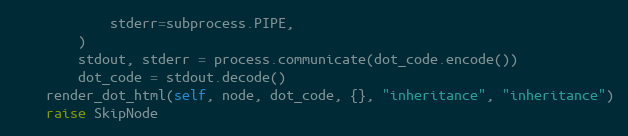
Language: Python
            stderr=subprocess.PIPE,
        )
        stdout, stderr = process.communicate(dot_code.encode())
        dot_code = stdout.decode()
    render_dot_html(self, node, dot_code, {}, "inheritance", "inheritance")
    raise SkipNode